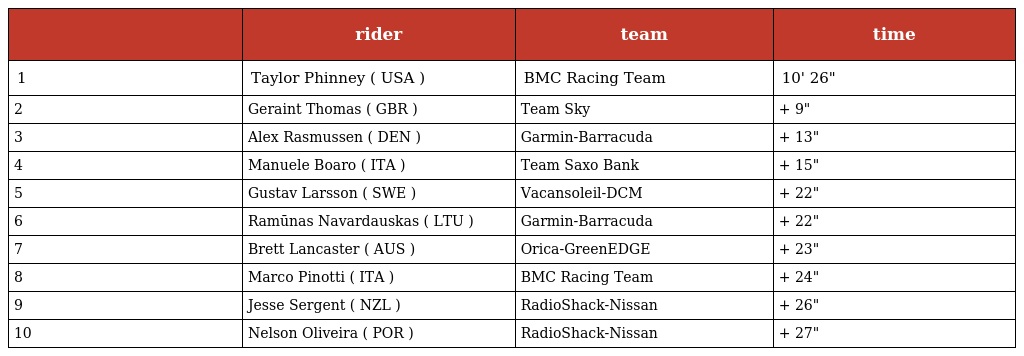
|  | rider | team | time |
 | --- | --- | --- | --- |
 | 1 | Taylor Phinney ( USA ) | BMC Racing Team | 10' 26" |
 | 2 | Geraint Thomas ( GBR ) | Team Sky | + 9" |
 | 3 | Alex Rasmussen ( DEN ) | Garmin-Barracuda | + 13" |
 | 4 | Manuele Boaro ( ITA ) | Team Saxo Bank | + 15" |
 | 5 | Gustav Larsson ( SWE ) | Vacansoleil-DCM | + 22" |
 | 6 | Ramūnas Navardauskas ( LTU ) | Garmin-Barracuda | + 22" |
 | 7 | Brett Lancaster ( AUS ) | Orica-GreenEDGE | + 23" |
 | 8 | Marco Pinotti ( ITA ) | BMC Racing Team | + 24" |
 | 9 | Jesse Sergent ( NZL ) | RadioShack-Nissan | + 26" |
 | 10 | Nelson Oliveira ( POR ) | RadioShack-Nissan | + 27" |